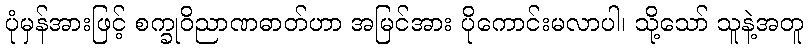
ပုံမှန်အားဖြင့် စက္ခုဝိညာဏဓာတ်ဟာ အမြင်အား ပိုကောင်းမလာပါ၊ သို့သော် သူနဲ့အတူ